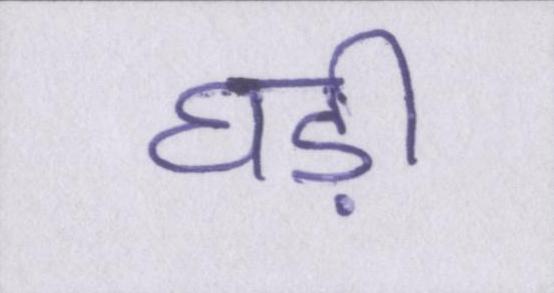
घड़ी